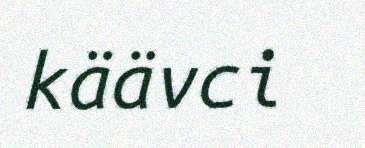
käävci